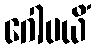
ဂေါပယိံ